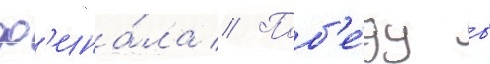
ф'ина́ла // Поб'е́ду в